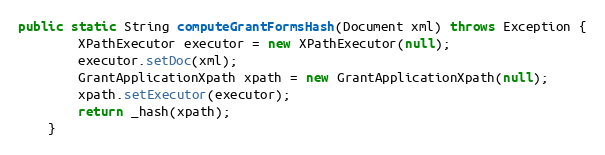
Language: Java
public static String computeGrantFormsHash(Document xml) throws Exception {
		XPathExecutor executor = new XPathExecutor(null);
		executor.setDoc(xml);
		GrantApplicationXpath xpath = new GrantApplicationXpath(null);
		xpath.setExecutor(executor);
		return _hash(xpath);
	}